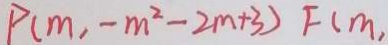
P ( m , - m ^ { 2 } - 2 m + 3 ) F ( m ,